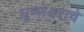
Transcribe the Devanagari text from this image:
घृष्णेश्वराचे